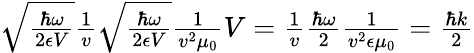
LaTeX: \begin{array}{r}{\sqrt{\frac{\hbar\omega}{2\epsilon V}}\frac{1}{v}\sqrt{\frac{\hbar\omega}{2\epsilon V}}\frac{1}{v^{2}\mu_{0}}V=\frac{1}{v}\frac{\hbar\omega}{2}\frac{1}{v^{2}\epsilon\mu_{0}}=\frac{\hbar k}{2}}\end{array}